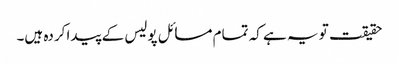
حقیقت تو یہ ہے کہ تمام مسائل پولیس کے پیدا کردہ ہیں۔